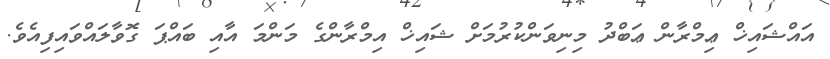
އައްޝައިޚް ޢިމްރާން ޢަބްދު މިނިވަންކުރުމަށް ޝައިޚް އިމްރާންގެ މަންމަ އާއި ބައްޕަ ގޮވާލައްވައިފިއެވެ.